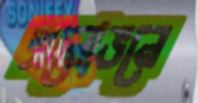
প্রলোভনে